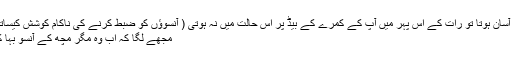
غربت کی زندگی میں پیٹ کا دوزخ بھرنا اتنا آسان ہوتا تو رات کے اس پہر میں آپ کے کمرے کے بیڈ پر اس حالت میں نہ ہوتی ( آنسوؤں کو ضبط کرنے کی ناکام کوشش کیساتھ ہاتھوں کی انگلیوں کو چٹخاتے ہوئے بولی )
مجھے لگا کہ اب وہ مگر مچھ کے آنسو بہا کر اپنی مظلومیت کا ڈھونگ شروع کرے گی۔